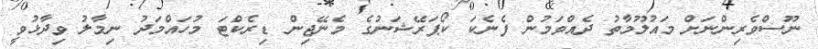
ނޫސްވެރިންނަށް މައުލޫމާތު ދެއްވަމުން ފެނެކަ ކޯޕަރޭޝަނުގެ މެނޭޖިން ޑިރެކްޓަ މުހައްމަދު ނިމާލު ވިދާޅުވީ